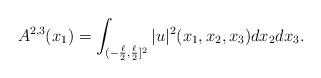
LaTeX: \begin{align*}A^{2,3}(x_1)=\int_{(-\frac{\ell}{2},\frac{\ell}{2}]^2}|u|^2(x_1,x_2,x_3)dx_2dx_3.\end{align*}